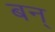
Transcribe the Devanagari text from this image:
बन्